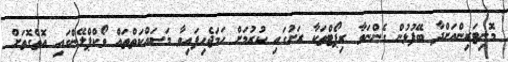
މޮނިޓަރިންއަށްދާ ބޭފުޅުން ގެންނަވާ ރިޕޯޓްތަކާ ރަށުގައި ކުރުމަށް ހަމަޖެހިފައިވާ މަސައްކަތްތައް ވޯކްޕްލޭންގައި އޮތްގޮތަށް